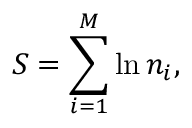
S = \sum _ { i = 1 } ^ { M } \ln n _ { i } ,